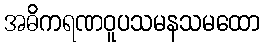
အဓိကရဏဝူပသမနသမထော